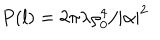
P ( l ) = 2 \pi \lambda \rho _ { 0 } ^ { 4 } / | \alpha | ^ { 2 }